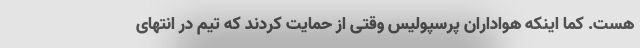
هست. کما اینکه هواداران پرسپولیس وقتی از حمایت کردند که تیم در انتهای